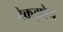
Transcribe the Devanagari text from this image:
टेकझोन